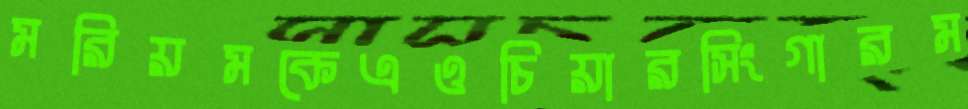
মরিয়মকেএওচিয়ারসিংগারম